Plague in India, 1896, 1897 - Volume 3
Year: 1896
Disease focus: Plague
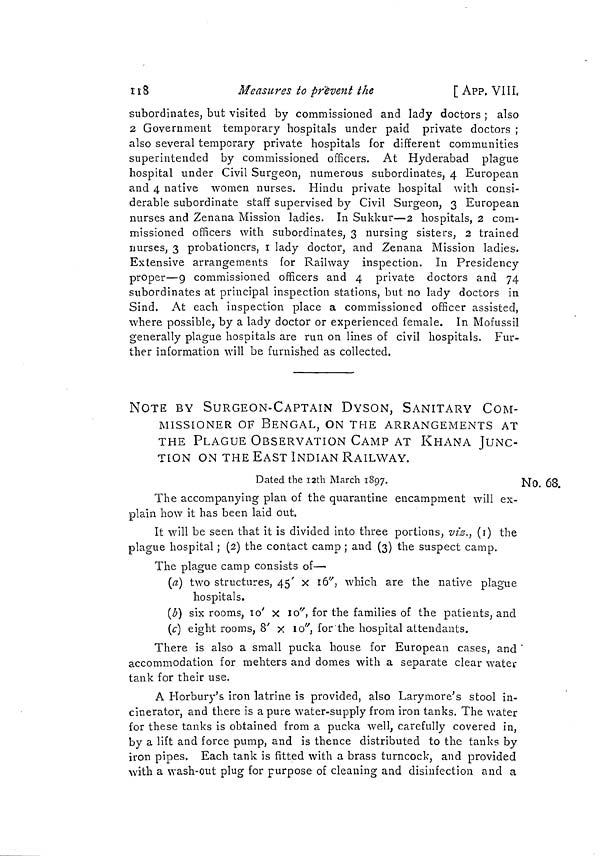
îi8
Measures to prevent the
[ APP. VIII,
subordinates, but visited by commissioned and lady doctors ; also
2 Government temporary hospitals under paid private doctors ;
also several temporary private hospitals for different communities
superintended by commissioned officers. At Hyderabad plague
hospital under Civil Surgeon, numerous subordinates, 4 European
and 4 native women nurses. Hindu private hospital with consi-
derable subordinate staff supervised by Civil Surgeon, 3 European
nurses and Zenana Mission ladies. In Sukkur—2 hospitals, 2 com-
missioned officers with subordinates, 3 nursing sisters, 2 trained
nurses, 3 probationers, i lady doctor, and Zenana Mission ladies.
Extensive arrangements for Railway inspection. In Presidency
proper—9 commissioned officers and 4 private doctors and 74
subordinates at principal inspection stations, but no lady doctors in
Sind. At each inspection place a commissioned officer assisted,
where possible, by a lady doctor or experienced female. In Mofussil
generally plague hospitals are run on lines of civil hospitals. Fur-
ther information will be furnished as collected.
NOTE BY SURGEON-CAPTAIN DYSON, SANITARY COM-
MISSIONER OF BENGAL, ON THE ARRANGEMENTS AT
THE PLAGUE OBSERVATION CAMP AT KHANA JUNC-
TION ON THE EAST INDIAN RAILWAY.
No. 68.
Dated the I2th March 1897.
The accompanying plan of the quarantine encampment will ex-
plain how it has been laid out.
It will be seen that it is divided into three portions, vïz., (i) the
plague hospital ; (2) the contact camp ; and (3) the suspect camp.
The plague camp consists of—
(a) two structures, 45' x i6 v j which are the native plague
hospitals.
(¿) six rooms, 10' x 10", for the families of the patients, and
(c] eight rooms, 8' x 10", for'the hospital attendants.
There is also a small pucka house for European cases, and '
accommodation for mehters and domes with a separate clear water
tank for their use.
A Horbury's iron latrine is provided, also Larymore's stool in-
cinerator, and there is a pure water-supply from iron tanks. The water
for these tanks is obtained from a pucka well, carefully covered in,
by a lift and force pump, and is thence distributed to the tanks by
iron pipes. Each tank is fitted with a brass turncock, and provided
with a wash-out plug for purpose of cleaning and disinfection and a